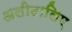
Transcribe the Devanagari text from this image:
अलीटालिए